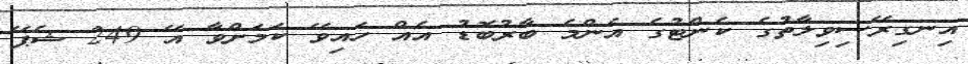
އިނގިރޭސިވިލާތުގެ ކެންޓުގެ އެންމެ ބާރުބޮޑު އެއް ހައިވޭ ކަމަށްވާ އޭ 249 ޝެޕޭ